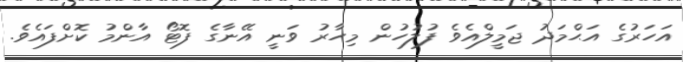
އަހަރުގެ އަޙްމަދު ޖަމީލްއެވެ ފުލުހުން މިހާރު ވަނީ އޭނާގެ ފޮޓޯ އާންމު ކޮށްފައެވެ.